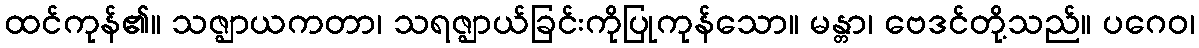
ထင်ကုန်၏။ သဇ္ဈာယကတာ၊ သရဇ္ဈာယ်ခြင်းကိုပြုကုန်သော။ မန္တာ၊ ဗေဒင်တို့သည်။ ပဂေဝ၊